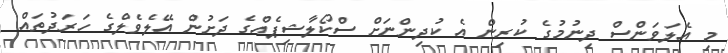
މި އެލަވަންސް ދިނުމުގެ ކުރިން އެ ކުދިންނަށް ސްކޯލާޝިޕެއްގެ ދަށުން އޭލެވެލްގެ ހަރަދުތައް